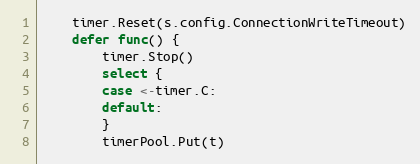
Language: Go
	timer.Reset(s.config.ConnectionWriteTimeout)
	defer func() {
		timer.Stop()
		select {
		case <-timer.C:
		default:
		}
		timerPool.Put(t)